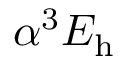
\alpha ^ { 3 } E _ { \mathrm { h } }